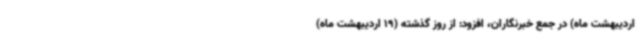
اردیبهشت ماه) در جمع خبرنگاران، افزود: از روز گذشته (19 اردیبهشت ماه)